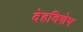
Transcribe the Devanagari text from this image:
देहविशेष